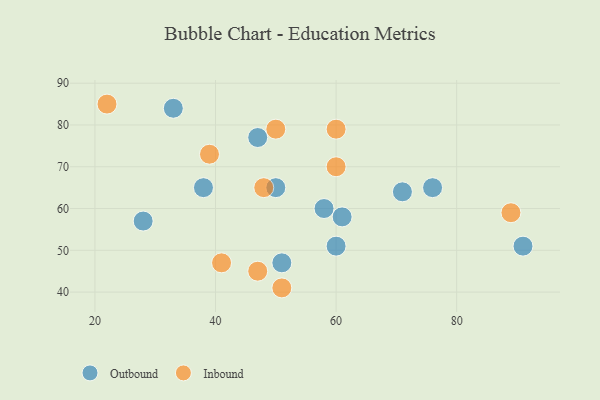
{"axis": {"x": "GDP", "y": "Life Expectancy"}, "legend": ["Inbound", "Outbound"], "data": [{"x": "47", "y": 77, "type": "Outbound"}, {"x": "61", "y": 58, "type": "Outbound"}, {"x": "91", "y": 51, "type": "Outbound"}, {"x": "60", "y": 51, "type": "Outbound"}, {"x": "58", "y": 60, "type": "Outbound"}, {"x": "50", "y": 65, "type": "Outbound"}, {"x": "33", "y": 84, "type": "Outbound"}, {"x": "76", "y": 65, "type": "Outbound"}, {"x": "28", "y": 57, "type": "Outbound"}, {"x": "71", "y": 64, "type": "Outbound"}, {"x": "38", "y": 65, "type": "Outbound"}, {"x": "51", "y": 47, "type": "Outbound"}, {"x": "51", "y": 41, "type": "Inbound"}, {"x": "41", "y": 47, "type": "Inbound"}, {"x": "89", "y": 59, "type": "Inbound"}, {"x": "50", "y": 79, "type": "Inbound"}, {"x": "39", "y": 73, "type": "Inbound"}, {"x": "60", "y": 79, "type": "Inbound"}, {"x": "60", "y": 70, "type": "Inbound"}, {"x": "47", "y": 45, "type": "Inbound"}, {"x": "48", "y": 65, "type": "Inbound"}, {"x": "22", "y": 85, "type": "Inbound"}]}